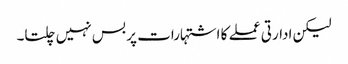
لیکن ادارتی عملے کا اشتہارات پر بس نہیں چلتا۔